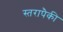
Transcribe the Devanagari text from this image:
स्तरापैकी